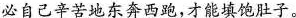
必自己辛苦地东奔西跑，才能填饱肚子。